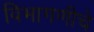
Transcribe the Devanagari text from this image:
विभागणीचे